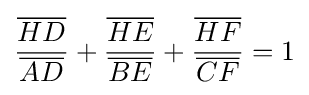
{\frac {\overline {HD}}{\overline {AD}}}+{\frac {\overline {HE}}{\overline {BE}}}+{\frac {\overline {HF}}{\overline {CF}}}=1